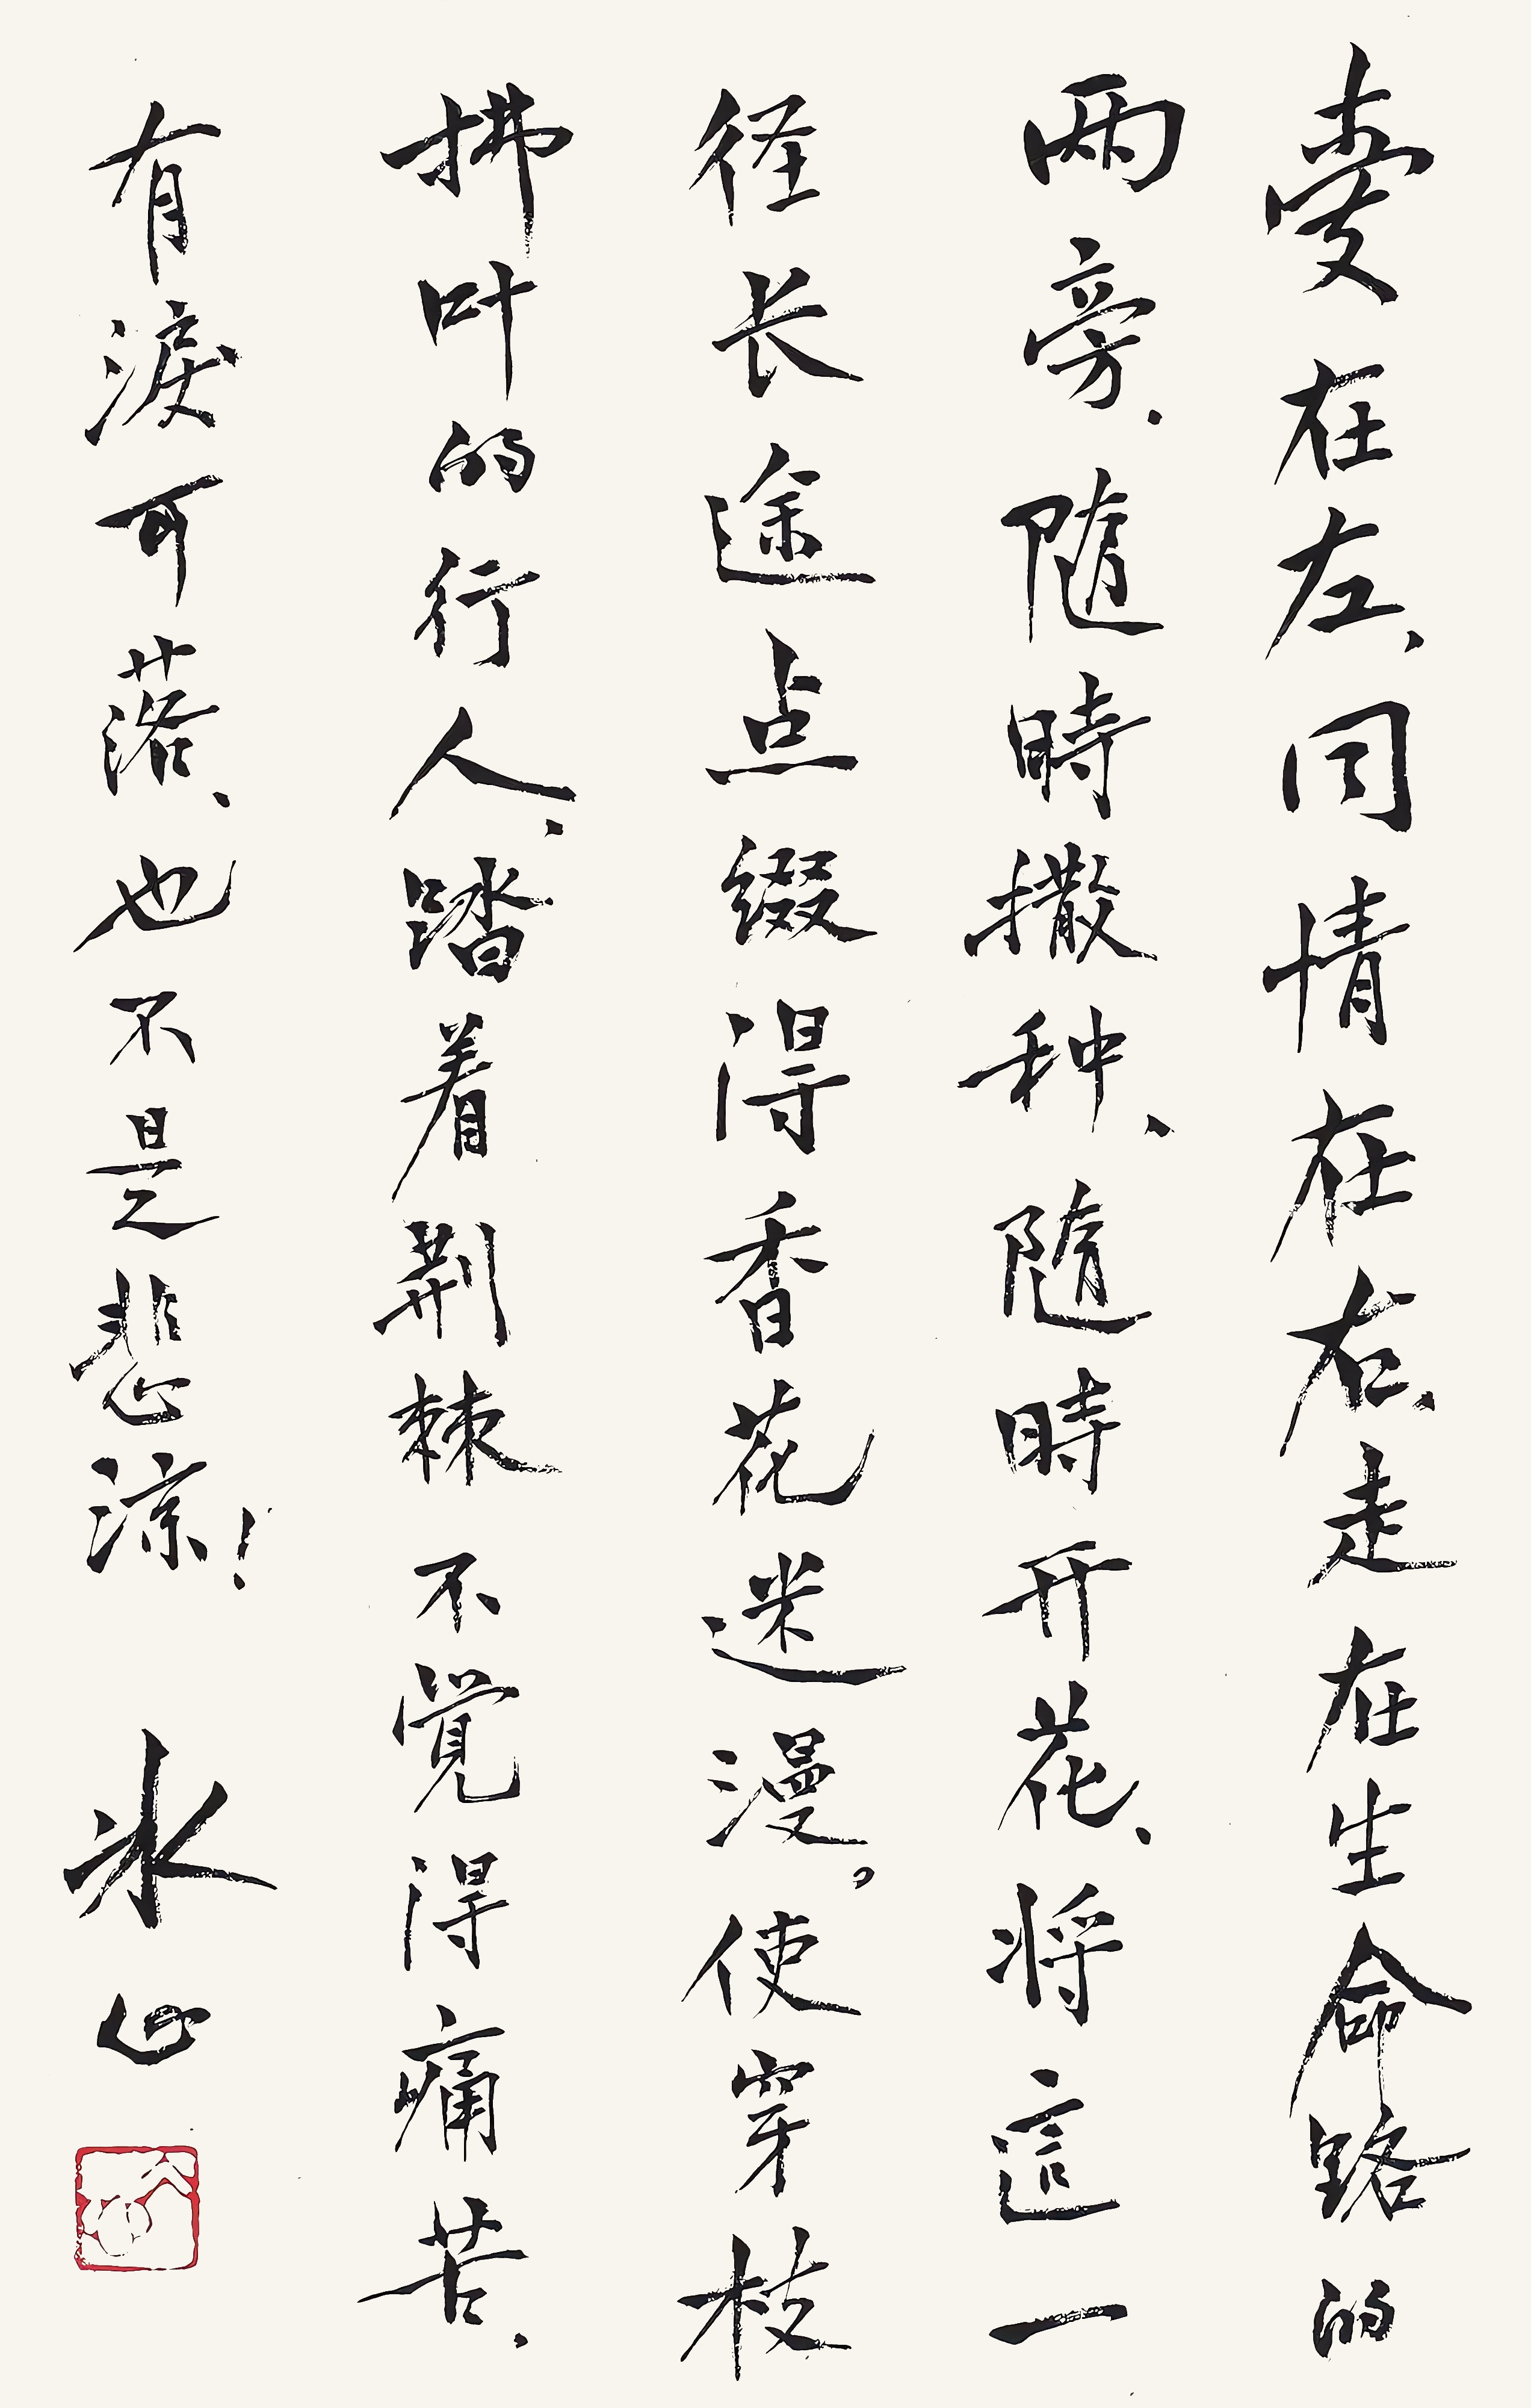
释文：爱在左，同情在右，走在生命路的两旁，随时撒种，随时开花，将这一径长途点缀得香花迷漫。使穿枝拂叶的行人，踏着荆棘不觉得痛苦，有泪可落，也不是悲凉！冰心。